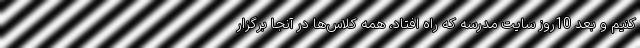
کنیم و بعد 10روز سایت مدرسه که راه افتاد، همه کلاس‌ها در آنجا برگزار